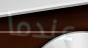
عندما